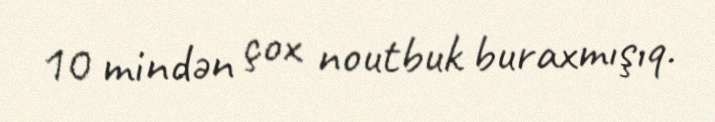
10 mindən çox noutbuk buraxmışıq.